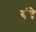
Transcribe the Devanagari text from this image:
यंदे